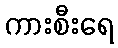
ကားစီးရေ